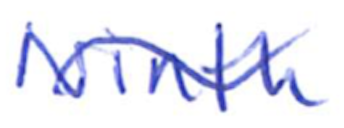
Text: Ninth
Cross-out: wave
Writing tool: ballpoint